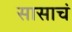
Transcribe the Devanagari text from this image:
सासाचं